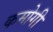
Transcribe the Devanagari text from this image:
कमोगी